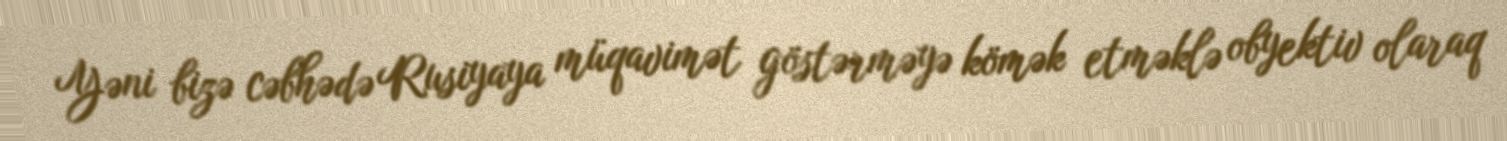
Yəni bizə cəbhədə Rusiyaya müqavimət göstərməyə kömək etməklə obyektiv olaraq